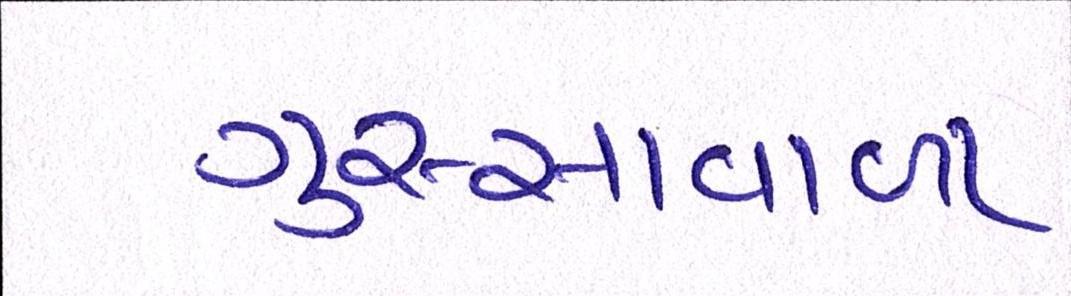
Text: ગુસ્સાવાળા